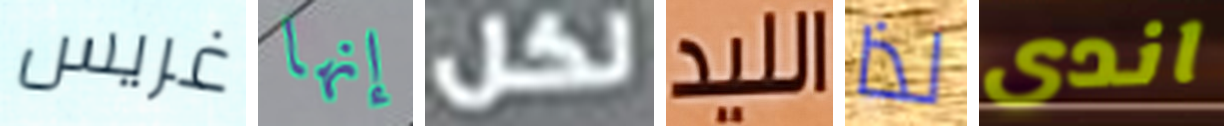
غريس إنها لكل الليد لذا اندى